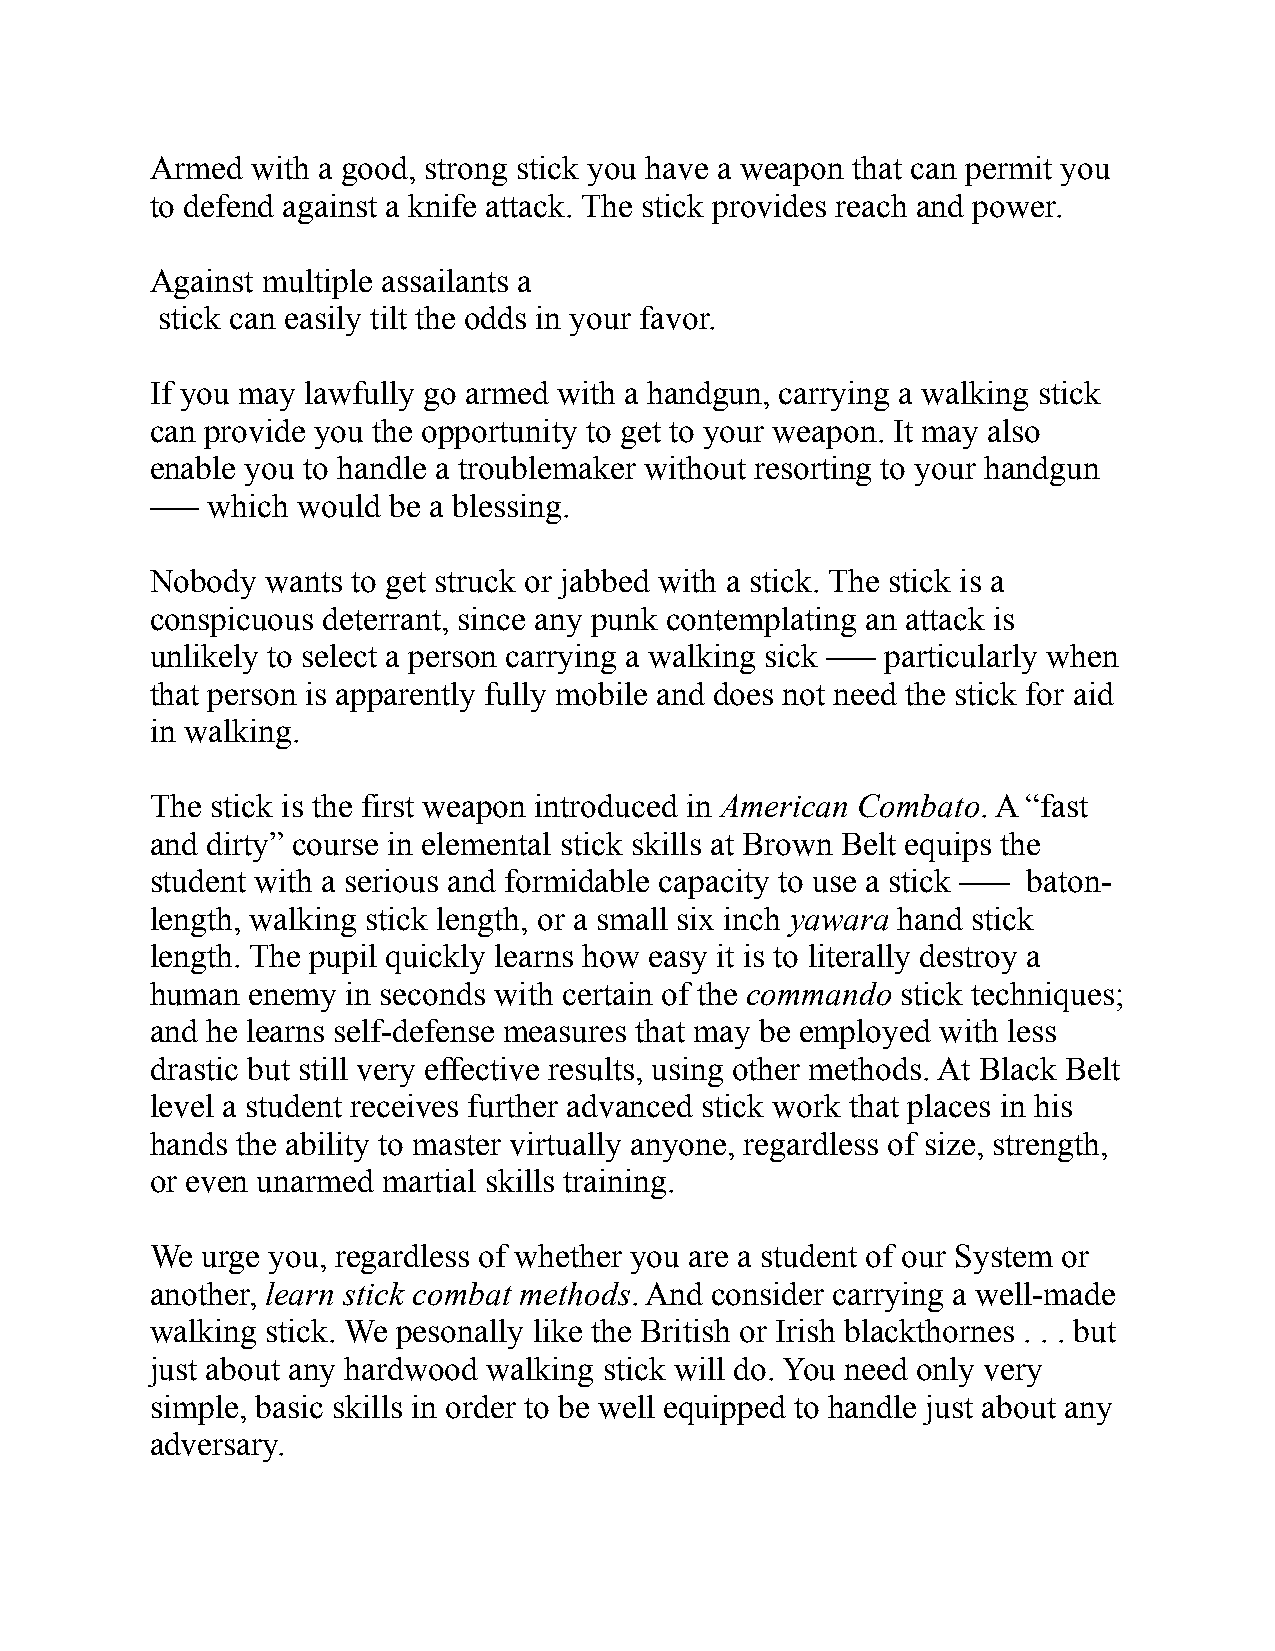
Armed  with a good, strong stick you have a weapon that can permit you
 to defend against a knife attack. The stick provides reach and power.
 Against multiple assailants a
 stick can easily tilt the odds in your favor.
 If you may lawfully go armed with a handgun, carrying a walking stick
 can provide you the opportunity to get to your weapon. It may also
 enable you to handle a troublemaker without resorting to your handgun
 ––– which would be a blessing.
 Nobody  wants to get struck or jabbed with a stick. The stick is a
 conspicuous deterrant, since any punk contemplating an attack is
 unlikely to select a person carrying a walking sick ––– particularly when
 that person is apparently fully mobile and does not need the stick for aid
 in walking.
 The stick is the first weapon introduced in American Combato. A “fast
 and dirty” course in elemental stick skills at Brown Belt equips the
 student with a serious and formidable capacity to use a stick ––– baton-
 length, walking stick length, or a small six inch yawara hand stick
 length. The pupil quickly learns how easy it is to literally destroy a
 human enemy  in seconds with certain of the commando stick techniques;
 and he learns self-defense measures that may be employed with less
 drastic but still very effective results, using other methods. At Black Belt
 level a student receives further advanced stick work that places in his
 hands the ability to master virtually anyone, regardless of size, strength,
 or even unarmed martial skills training.
 We urge you, regardless of whether you are a student of our System or
 another, learn stick combat methods. And consider carrying a well-made
 walking stick. We pesonally like the British or Irish blackthornes . . . but
 just about any hardwood walking stick will do. You need only very
 simple, basic skills in order to be well equipped to handle just about any
 adversary.